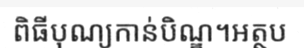
ពិធីបុណ្យកាន់បិណ្ឌ។អត្ថប